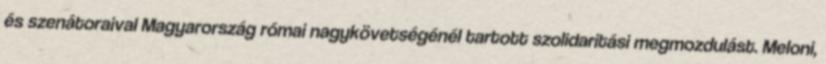
és szenátoraival Magyarország római nagykövetségénél tartott szolidaritási megmozdulást. Meloni,